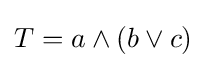
T=a\land (b\lor c)